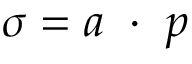
\sigma = \boldsymbol { a } ~ \cdot ~ \boldsymbol { p }